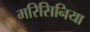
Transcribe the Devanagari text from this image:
मरिसिनिया